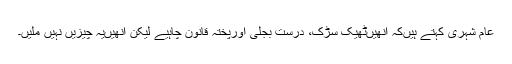
عام شہری کہتے ہیںکہ انھیںٹھیک سڑک، درست بجلی اورپختہ قانون چاہیے لیکن انھیںیہ چیزیں نہیں ملیں۔